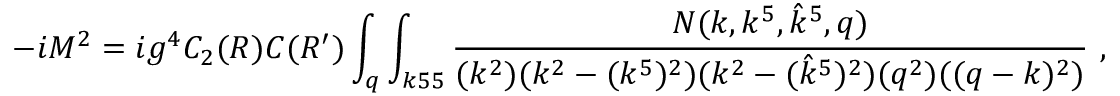
- i M ^ { 2 } = i g ^ { 4 } C _ { 2 } ( R ) C ( R ^ { \prime } ) \int _ { q } \int _ { k 5 5 } { \frac { N ( k , k ^ { 5 } , { \hat { k } } ^ { 5 } , q ) } { ( k ^ { 2 } ) ( k ^ { 2 } - ( k ^ { 5 } ) ^ { 2 } ) ( k ^ { 2 } - ( { \hat { k } } ^ { 5 } ) ^ { 2 } ) ( q ^ { 2 } ) ( ( q - k ) ^ { 2 } ) } } \ ,